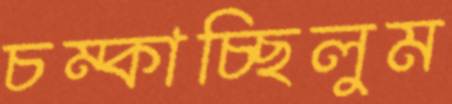
চম্‌কাচ্ছিলুম